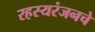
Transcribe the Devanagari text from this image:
रहस्यरंजनचे